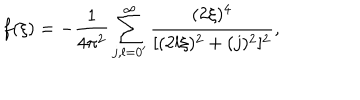
LaTeX: f ( \xi ) = - \frac { 1 } { 4 \pi ^ { 2 } } \sum _ { j , l = 0 ^ { \prime } } ^ { \infty } \frac { ( 2 \xi ) ^ { 4 } } { [ ( 2 l \xi ) ^ { 2 } + ( j ) ^ { 2 } ] ^ { 2 } } ,